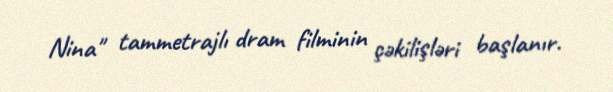
Nina" tammetrajlı dram filminin çəkilişləri başlanır.